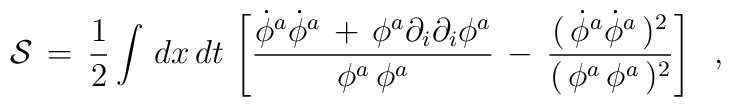
{\cal S}\,=\,{1 \over 2}\int\,dx\,dt\,\left[\frac{\dot\phi^a\dot\phi^a\,+\,\phi^a\partial_i\partial_i\phi^a}{\phi^a\,\phi^a}\,-\,\frac{(\,\dot\phi^a\dot\phi^a\,)^2} {(\,\phi^a\,\phi^a\,)^2}\right]\;\;,